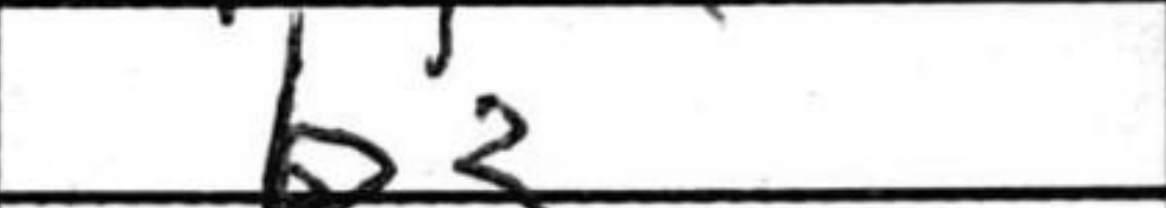
Transcription: b3